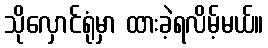
သိုလှောင်ရုံမှာ ထားခဲ့ရလိမ့်မယ်။